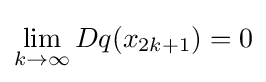
\lim _{k\rightarrow \infty }Dq(x_{2k+1})=0